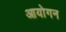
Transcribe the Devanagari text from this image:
आयोगन